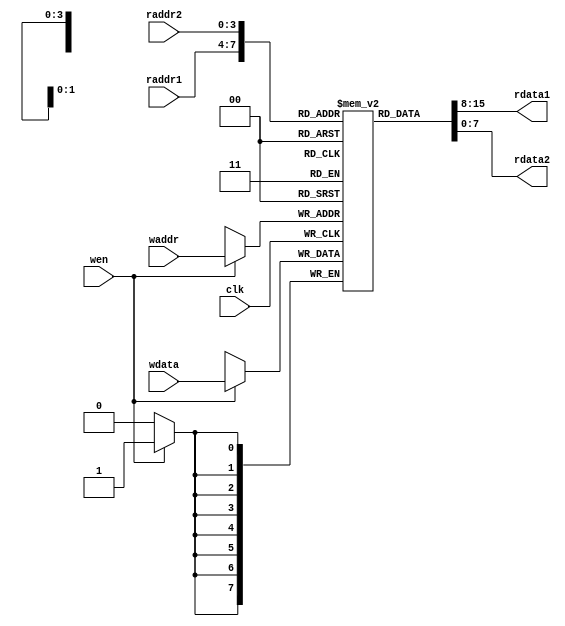
module regs(input wire clk,
            input wire [3:0]raddr1,
            input wire [3:0]raddr2,
            input wire [3:0]waddr,
            input wire wen,
            input wire [7:0]wdata,
            output wire [7:0]rdata1,
            output wire [7:0]rdata2
    );
    
reg [7:0] registru [0:15]; // set de 16 registre a cte 8 bi?i fiecare

always @(posedge clk) 
begin
    if(wen) 
        registru[waddr] <= wdata; // scriere sincron? - pe ceas - a rezultatului n registrul destina?ie
end

// portul 1 de citire
assign rdata1 = registru[raddr1]; // ie?irea rdata1 este valoarea din registrul cu num?rul raddr1
// portul 2 de citire
assign rdata2 = registru[raddr2]; // ie?irea rdata2 este valoarea din registrul cu num?rul raddr2
                                  
endmodule